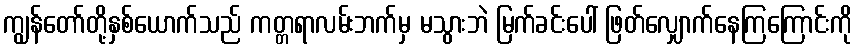
ကျွန်တော်တို့နှစ်ယောက်သည် ကတ္တရာလမ်းဘက်မှ မသွားဘဲ မြက်ခင်းပေါ် ဖြတ်လျှောက်နေကြကြောင်းကို